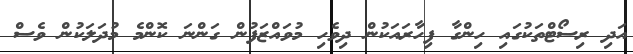
އަދި ރިސޯޓްތަކުގައި ހިންގާ ފިހާރައަކުން ދިވެހި މުވައްޒަފުން ގަންނަ ކޮންމެ މުދަލަކުން ވެސް